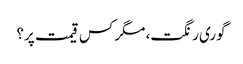
گوری رنگت، مگر کس قیمت پر؟